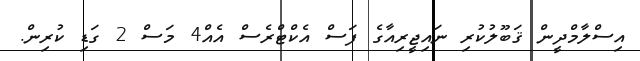
އިސްލާމްދީން ޤަބޫލުކުރި ނައިޖީރިއާގެ ފަސް އެކްޓްރެސް އެއް4 މަސް 2 ގަޑި ކުރިން.